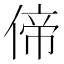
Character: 偙